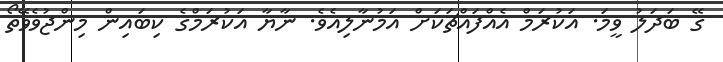
ގޭ ބަދަލު ވީމަ. އަކުރަމް އެއްފައްޗަކަށް އަމުނާލިއެވެ. ނާޔާ އަކުރަމްގެ ކިބައިން މިންޖުވެވޭތޯ